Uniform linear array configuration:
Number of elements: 8
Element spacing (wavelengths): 0.5
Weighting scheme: cosine
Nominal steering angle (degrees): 0
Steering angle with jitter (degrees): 1.986
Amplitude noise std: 0.05
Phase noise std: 0.05

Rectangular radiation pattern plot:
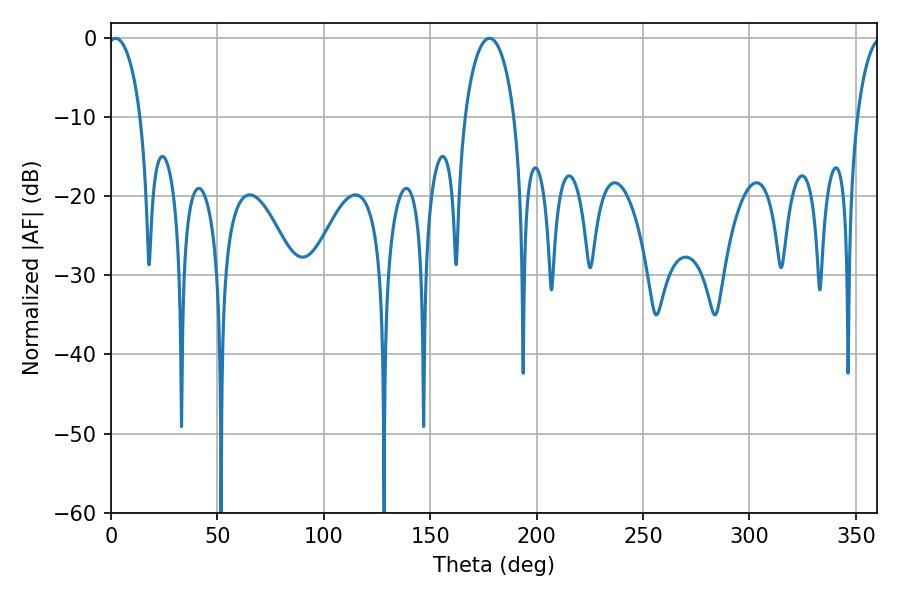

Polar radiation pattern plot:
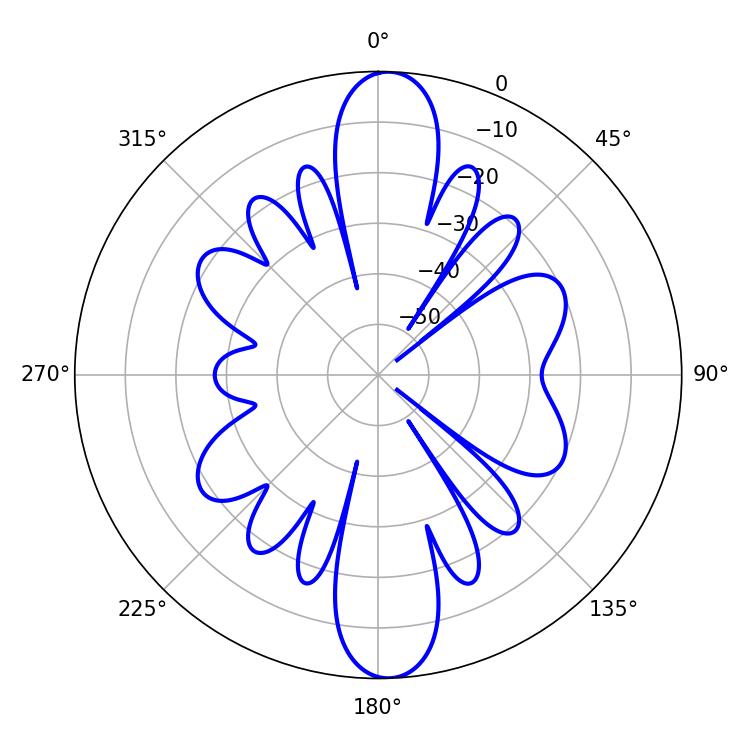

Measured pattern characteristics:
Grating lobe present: FALSE
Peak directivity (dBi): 20.302
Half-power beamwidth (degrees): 8.82
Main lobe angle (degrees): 2.16